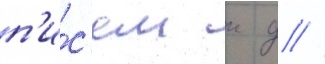
п'и́с'ем к д //